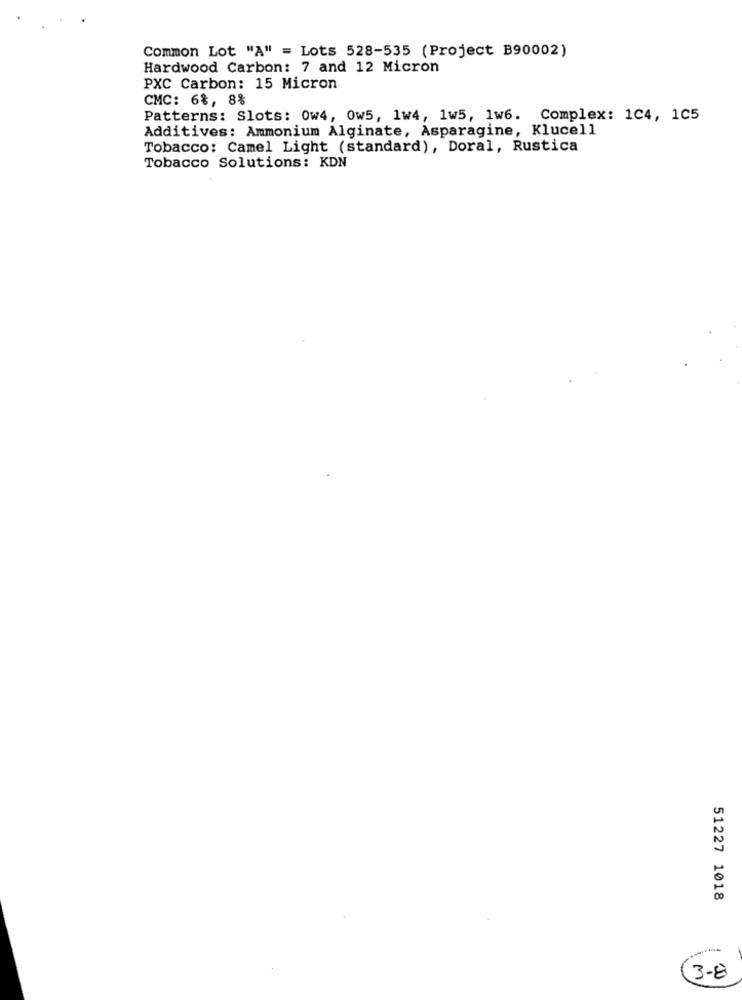
Common Lot "A" = Lots 528-535 (Project B90002)
Hardwood Carbon: 7 and 12 Micron
PXC Carbon: 15 Micron
CMC: 6%, 8%
Patterns: Slots: 0w4, 0w5, 1w4, 1w5, 1w6. Complex: 1C4, 1C5
Additives: Ammonium Alginate, Asparagine, Klucell
Tobacco: Camel Light (standard), Doral, Rustica
Tobacco Solutions: KDN
51227 1018
(3-8